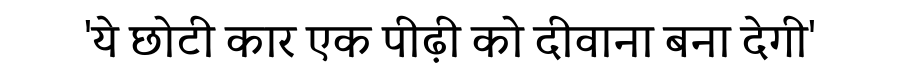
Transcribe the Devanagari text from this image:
'ये छोटी कार एक पीढ़ी को दीवाना बना देगी'